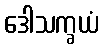
ဒေါသက္ခယံ